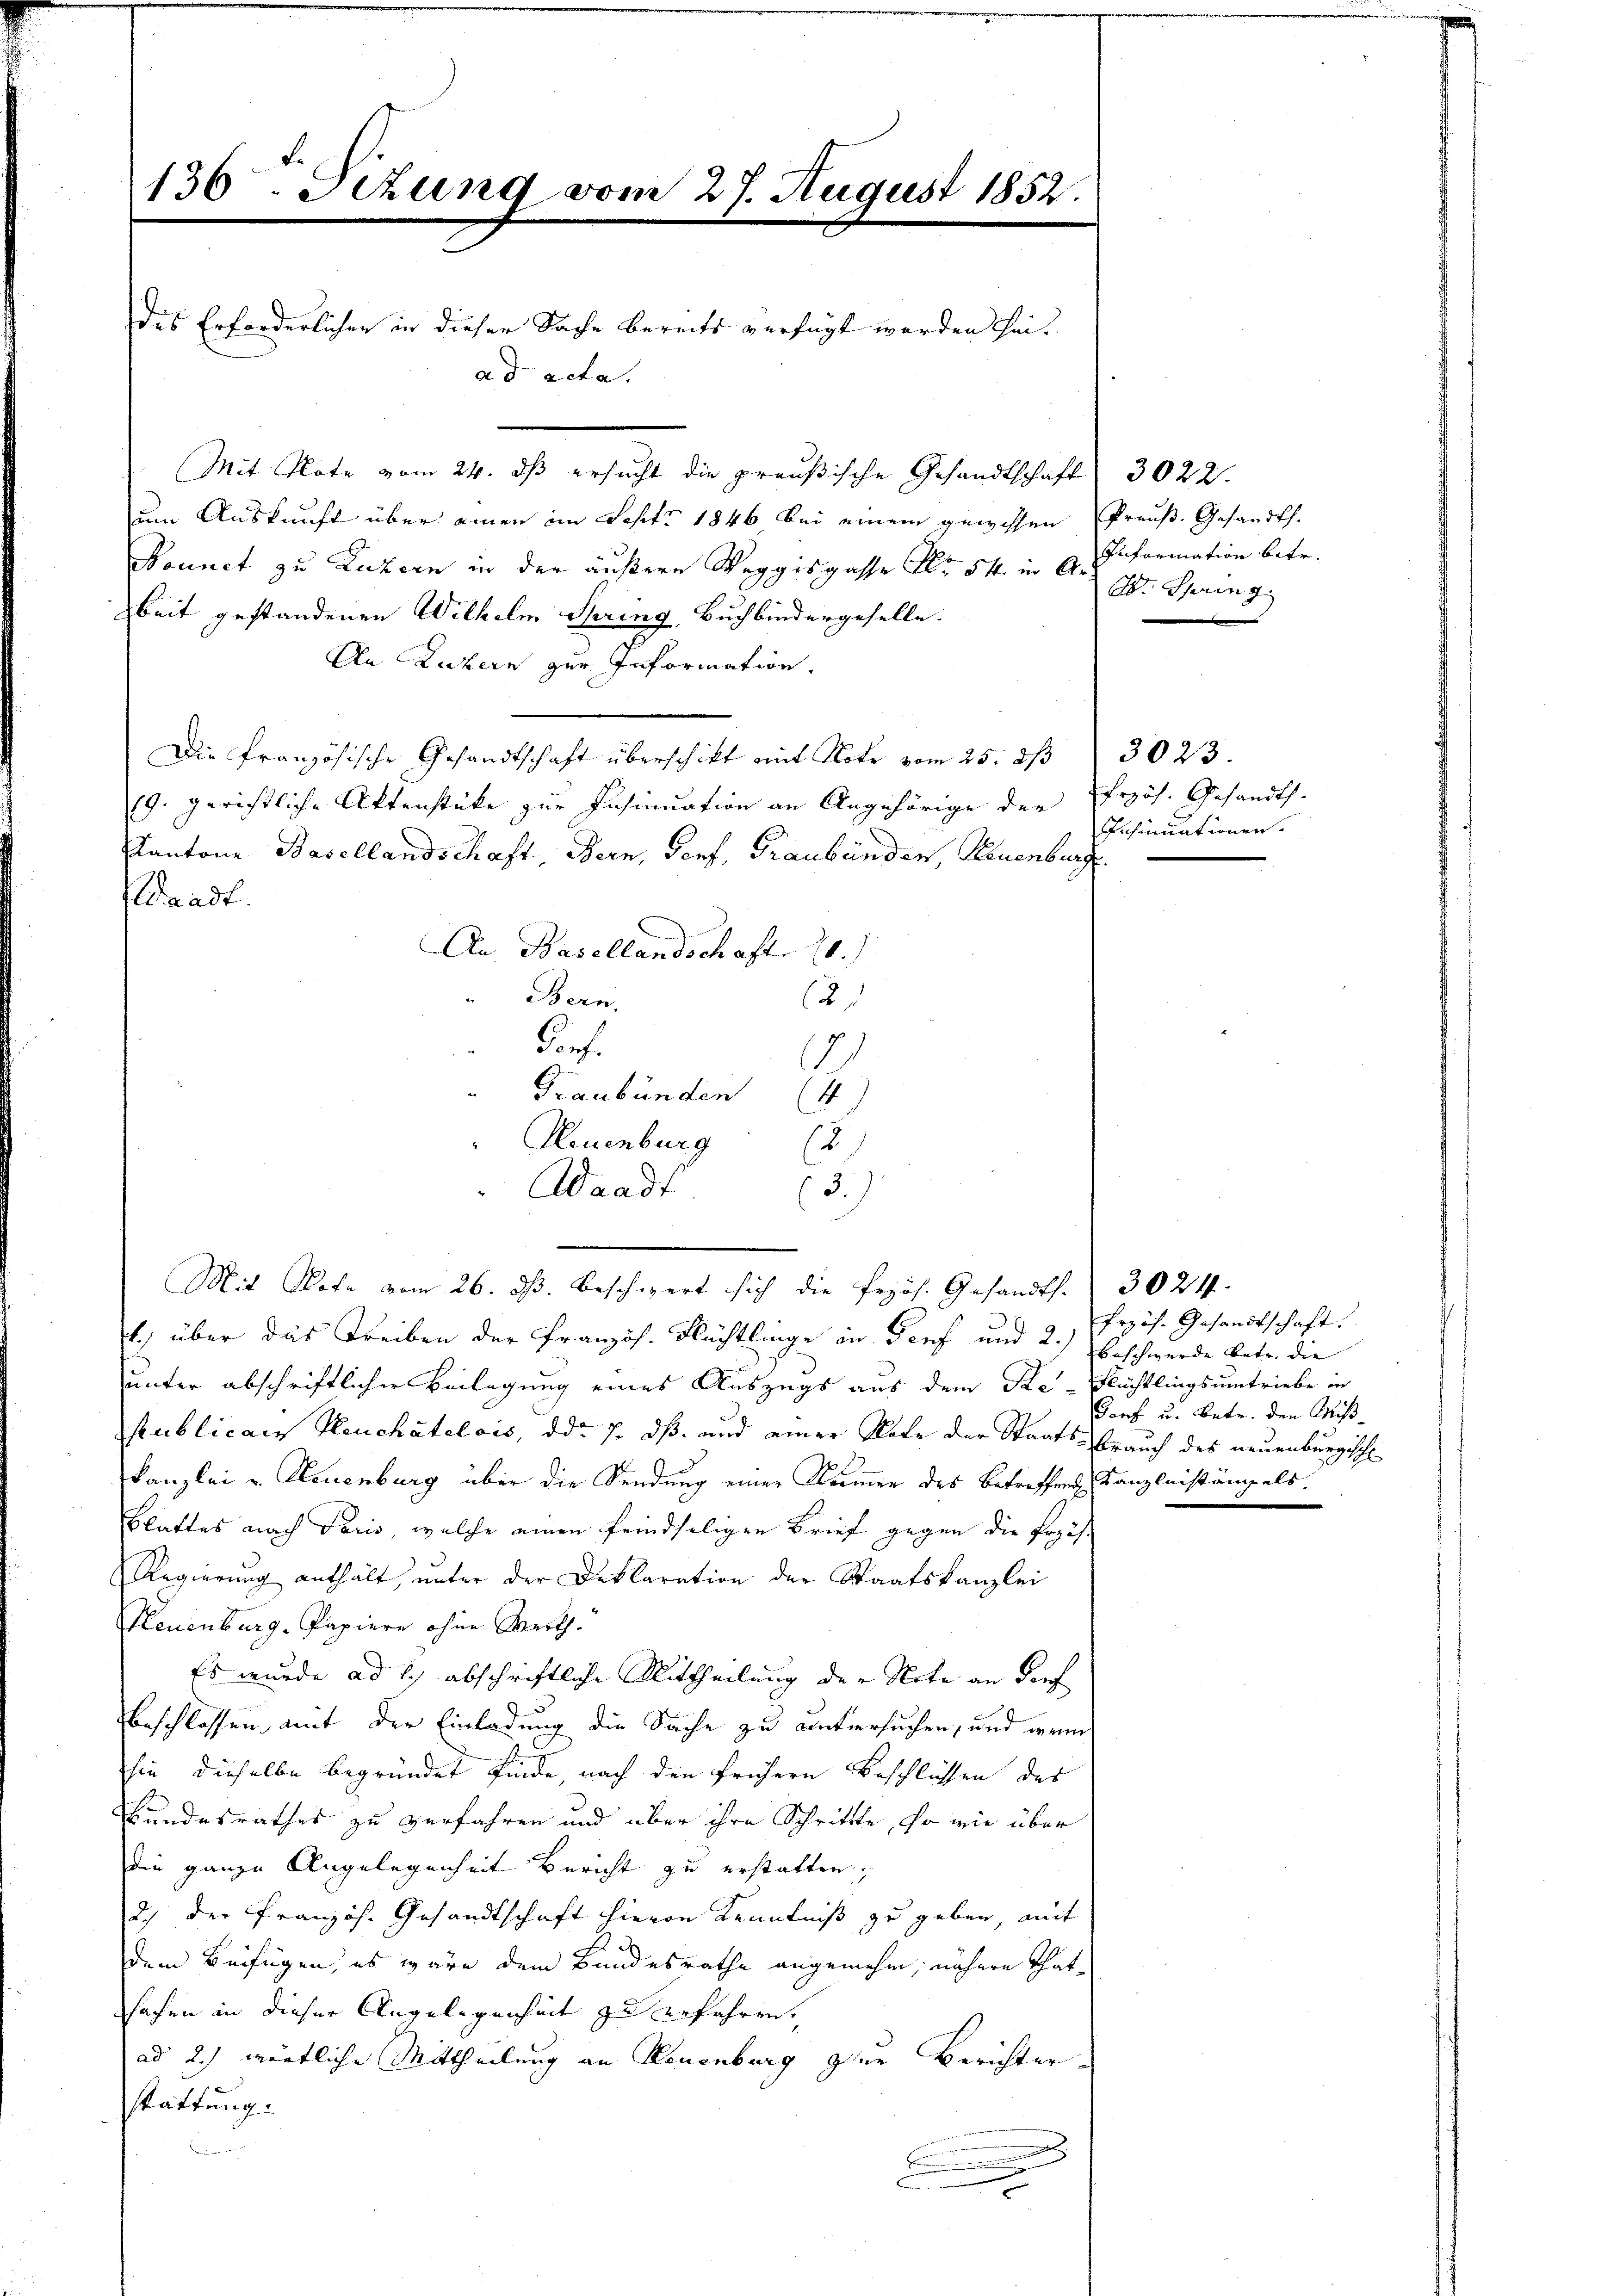
136. Sizung vom 27. August 1852.
das Erforderlichen in dieser Sache bereits verfügt werden seiad acta.
Mit Note vom 24. dß ersucht die preußische Gesandtschaft 3022.

um Auskunft über einen im Sept. 1846 bei einem gewissen Preuß. Gesandts.
Nounct zu Luzern in der äußere Weggisgasse No 54. in E. Si formation betr.
beit gestandenen Wilhelm Spring, Buchbindergeselle.
An Luzern zur Information.
Die französische Gesandtschaft überschikt mit Note vom 25. dß 3023.
19. gerichtliche Aktenstüke zur Insinuation an Angehörige der Frzös. Gesandts
Kantone Basellandschaft, Bern, Genf, Graubünden, Neuenburg.
Waadt.
An Basellandschaft 20.
Bern.
2
Porf.
12
" Graubünden (4)
Neuenburg
Waadt
Mit Hofe vom 26. ds. beschwert sich die frzös. Gesandts. 3024
1., über das Treiben der Französ. Flächtlinge in Genf und 2.)
hunter abschriftlicher Beilegung eines Auszugs aus dem Re- Flüchtlingsumtriebe in
Publicans Pleuchâtelois, ddo 7. ds. und einer Plate der Staats- Frauch des neuenburgische
Kanzlei u. Neuenburg über die Sendung einer Kamer des Betreffend Kanzleistängels.
Blattes nach daris, welche einen feindseligen Brief gegen die Preis.
Regierung enthält, unter der Deklaration der Staatskanzlei
Neuenburg. Papiere ohne Werth.
Es wurde ad 1., abschriftliche Mittheilung der Note an dorf
beschlossen mit der Einladung die Sache zu untersuchen, und wenn
hin, dieselbe begründet finde, nach den frühern Beschlüssen des
Bundesrathes zu verfahren und über ihre Schrittte, so wie über
die ganze Angelegenheit Bericht zu erstatten,
Ich der Französ. Gesandtschaft hievon Kenntniß zu geben, mit
dem Beifügen, es wäre dem Bundesrathe angenehm, nähere Thathafen in dieser Angelegenheit zu erfahren.
ad 2.) wörtliche Mittheilung an Neuenburg zur Berichter
stattung.
.

15
3.

Ob. Spring

Insinuationen.

Przös. Gesandtschaft.
Beschwerde betr. die
Ganf u. betr. den Miß¬